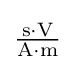
{\textstyle \mathrm {\frac {s\cdot V}{A\cdot m}} }